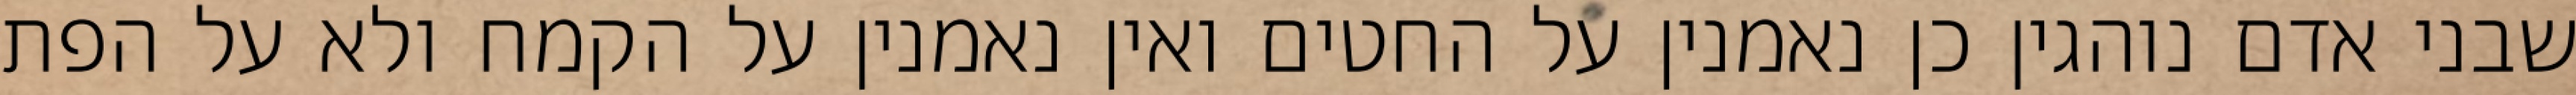
שבני אדם נוהגין כן נאמנין על החטים ואין נאמנין על הקמח ולא על הפת